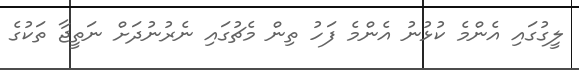
ލީގުގައި އެންމެ ކުޅުނު އެންމެ ފަހު ތިން މެޗުގައި ނެރުނުދަށް ނަތީޖާ ތަކުގެ